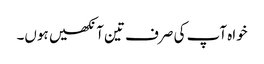
خواہ آپ کی صرف تین آنکھیں ہوں۔